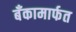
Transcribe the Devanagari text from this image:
बँकामार्फत